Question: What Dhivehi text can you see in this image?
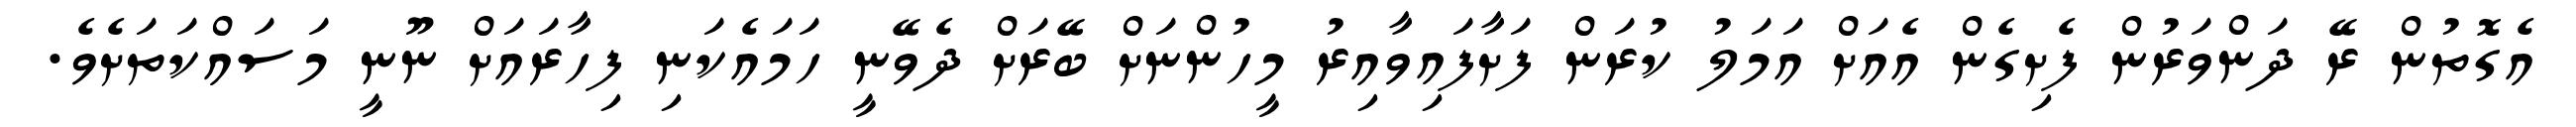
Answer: އެގޮތުން ރޭ ދަންވަރުން ފެށިގެން އެއަށް އަމަލު ކުރަން ފަށާފައިވާއިރު މީހުންނަށް ބޭރަށް ދެވޭނީ ހަމައެކަނި ފިހާރައަށް ނޫނީ މަސައްކަތަށެވެ.